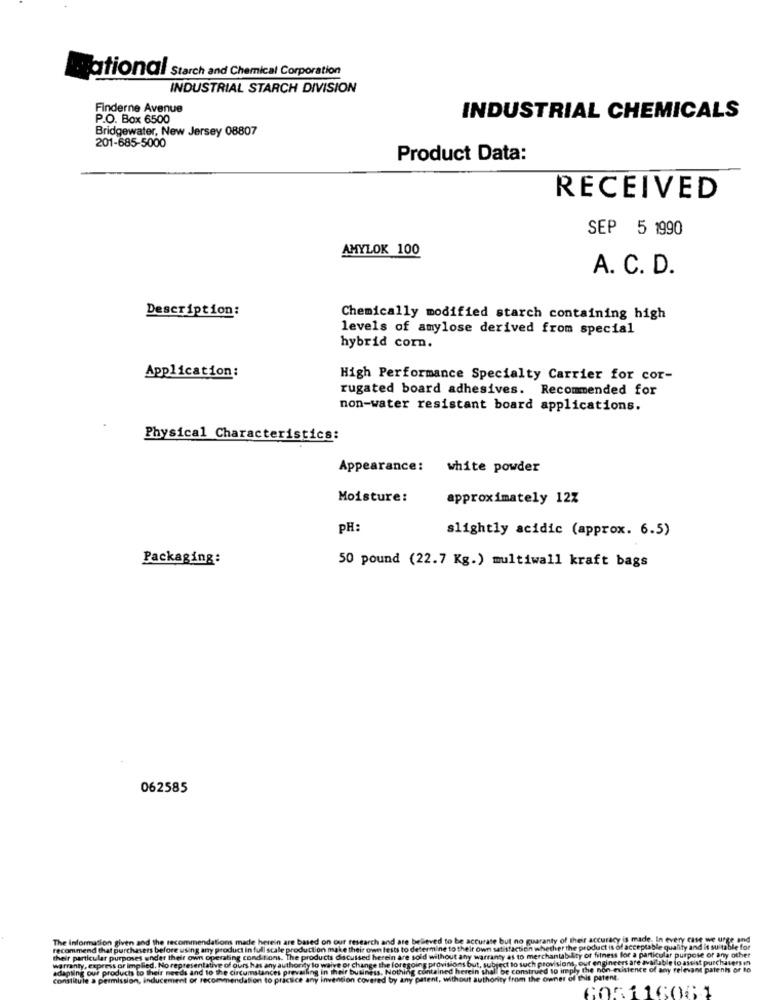
ational Starch and Chemical Corporation
INDUSTRIAL STARCH DIVISION
Finderne Avenue
P.O. Box 6500
INDUSTRIAL CHEMICALS
Bridgewater, New Jersey 08807
201-685-5000
Product Data:
RECEIVED
SEP 5 1990
AMYLOK 100
A. C. D.
Description:
Chemically modified starch containing high
levels of amylose derived from special
hybrid corn.
Application:
High Performance Specialty Carrier for cor-
rugated board adhesives. Recommended for
non-water resistant board applications.
Physical Characteristics:
Appearance:
white powder
Moisture:
approximately 12%
PH:
slightly acidic (approx. 6.5)
Packaging:
50 pound (22.7 Kg.) multiwall kraft bags
062585
The Information given and the recommendations made herein are based on our research and are believed to be accurate but no guaranty of their accuracy is made. In every case we urge and
recommend that purchasers before using any product in full scale production make their own tests to determine to their own satisfaction whether the product is of acceptable quality and it suitable for
their particular purposes under their own operating conditions. The products discussed herein are sold without any warranty as to merchantability of fitness for a particular purpose or any other
warranty, express or implied. No representative of ours has any authority lo waive or change the foregoing provisions but, subject to such provisions, our engineers are available to assist purchasers in
apting our products to their needs and to the circums
ing in their business. Nothing contained herein shallbe construed to imply the non-euistence of any relevant patents or to
Constitule & permission, inducement of recommendation
a to pracsce any invention covered by any patent, without authority from the owner of this patent.